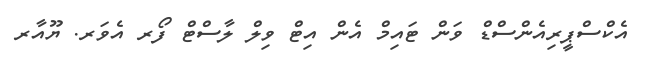
އެކްސްޕީރިއެންސްޑް ވަން ޓައިމް އެން އިޓް ވިލް ލާސްޓް ފޯރ އެވަރ. ޔޫއާރ